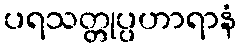
ပရသတ္တုပ္ပဟာရာနံ